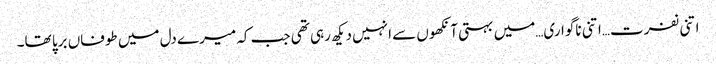
اتنی نفرت…اتنی ناگواری…میں بہتی آنکھوں سے انہیں دیکھ رہی تھی جب کہ میرے دل میں طوفاں برپا تھا۔